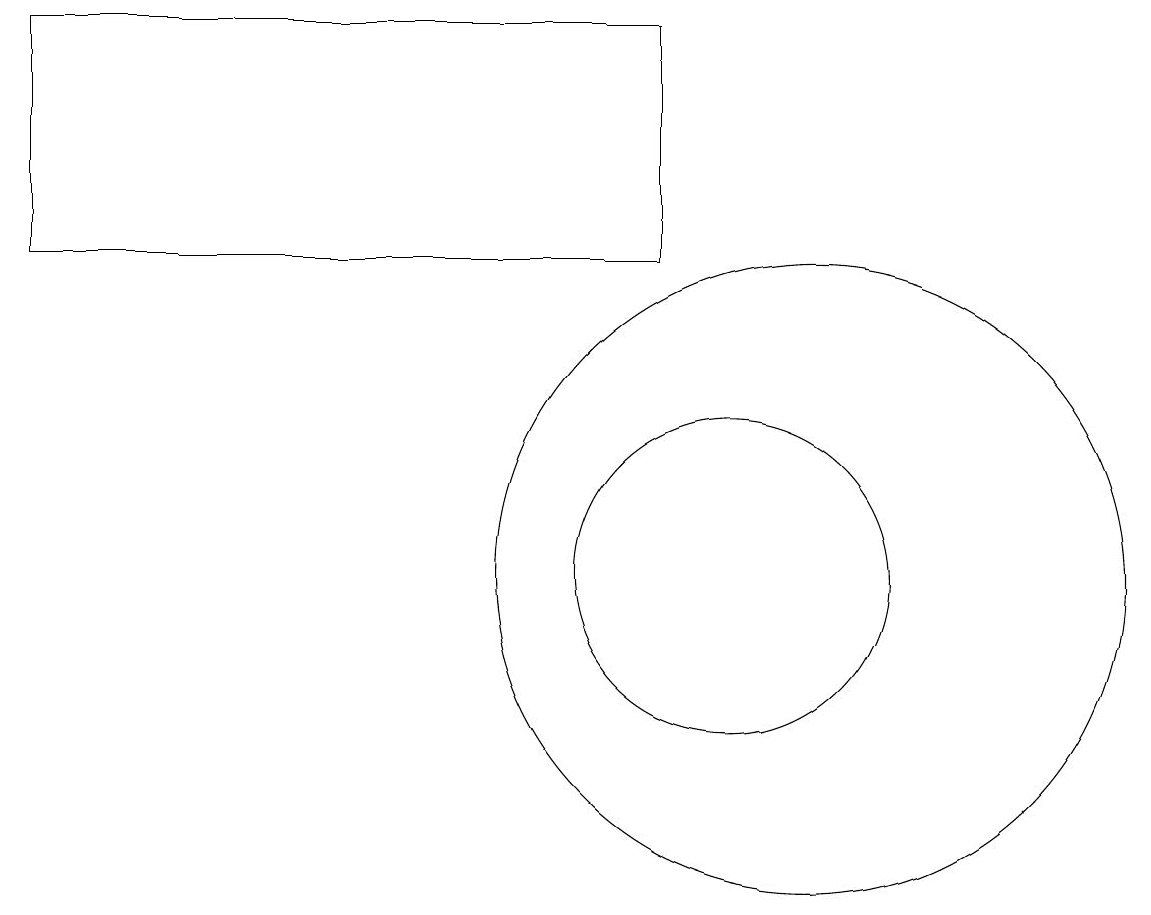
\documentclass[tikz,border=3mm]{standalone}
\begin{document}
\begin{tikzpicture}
\draw (10,11) circle (2);
\draw (11,10) circle (0);
\draw (11,11) circle (4);
\draw (1,15) rectangle (9,18);
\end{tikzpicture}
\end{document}